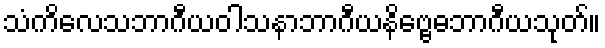
သံကိလေသဘာဂီယဝါသနာဘာဂီယနိဗ္ဗေဓဘာဂီယသုတ်။